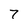
Character: 7